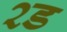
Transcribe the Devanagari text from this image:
२ड